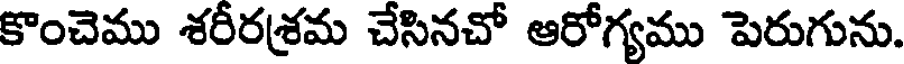
కొంచెము శరీరశ్రమ చేసినచో ఆరోగ్యము పెరుగును.